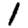
Digit: 1